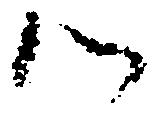
候